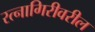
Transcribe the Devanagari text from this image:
रत्नागिरीवरील